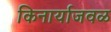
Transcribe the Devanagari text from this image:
किनार्याजवळ